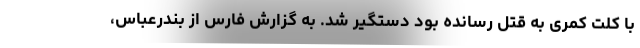
با کلت کمری به قتل رسانده بود دستگیر شد. به گزارش فارس از بندرعباس،